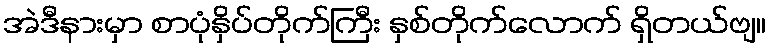
အဲဒီနားမှာ စာပုံနှိပ်တိုက်ကြီး နှစ်တိုက်လောက် ရှိတယ်ဗျ။